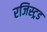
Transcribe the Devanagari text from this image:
रजिस्ट्रड